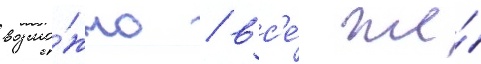
возмо́жно / вс'е́ же́